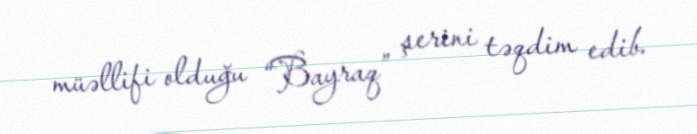
müəllifi olduğu “Bayraq” şerini təqdim edib.